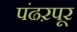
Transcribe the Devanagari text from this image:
पंढऱपूर